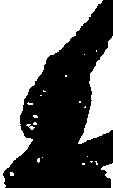
候